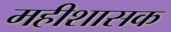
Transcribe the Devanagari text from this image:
महीशासक